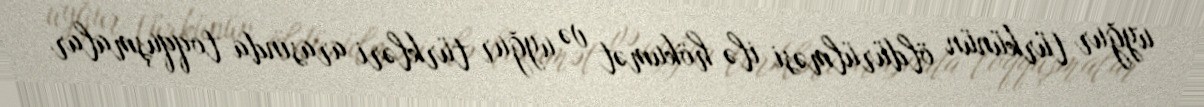
uyğur türkünün öldürülməsi ilə hökumət və uyğur türkləri arasında toqquşmalar